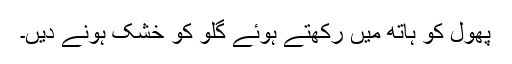
پھول کو ہاتھ میں رکھتے ہوئے گلو کو خشک ہونے دیں۔